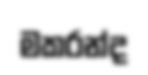
මකරන්ද